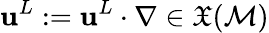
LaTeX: \mathbf{u}^{L}:={\mathbf{{\mathbf{u}}}}^{L}\cdot\nabla\in\mathfrak{{X}}(\mathcal{{M}})